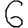
Digit: 6